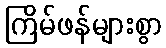
ကြိမ်ဖန်များစွာ